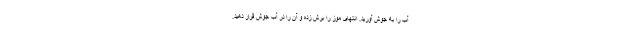
آب را به جوش آورید. انتهای موز را برش زده و آن را در آب جوش قرار دهید.